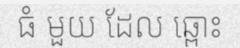
ធំ មួយ ដែល ឆ្ពោះ